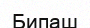
Бипаш